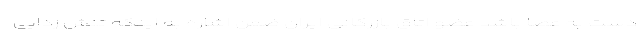
دست به عصا باشد عضو اتاق بازرگانی ایران ضمن اشاره به اینکه تنش زدایی